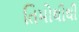
તિમોથીથી